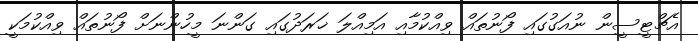
އެޗްޓީސީން ނުއަގުގައި ފޯނުތައް ވިއްކުމާއި އަމިއްލަ ޚަރަދުގައި ގަންނަ މީހުންނަށް ފޯނުތައް ވިއްކުމަކީ